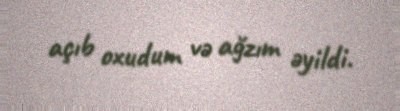
açıb oxudum və ağzım əyildi.